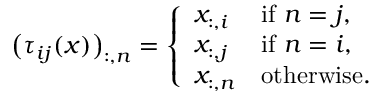
\begin{array} { r } { \big ( \tau _ { i j } ( x ) \big ) _ { : , n } = \left\{ \begin{array} { l l } { x _ { : , i } } & { \mathrm { i f } ~ n = j , } \\ { x _ { : , j } } & { \mathrm { i f } ~ n = i , } \\ { x _ { : , n } } & { \mathrm { o t h e r w i s e } . } \end{array} \right. } \end{array}